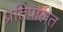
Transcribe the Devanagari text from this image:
प्रतिपालत